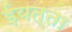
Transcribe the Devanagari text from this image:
ईयत्ता